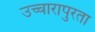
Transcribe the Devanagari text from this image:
उच्चारापुरता